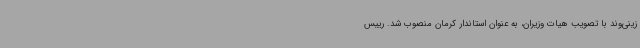
زینی‌وند با تصویب هیات وزیران، به عنوان استاندار کرمان منصوب شد. رییس